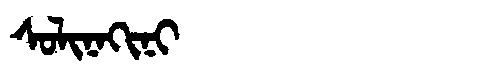
Manchu: ᠰᠣᠯᡳᠨᠠᡴᡳᠨᡳ
Romanization: SOLINAKINI